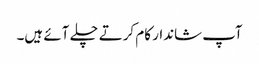
آپ شاندار کام کرتے چلے آئے ہیں۔